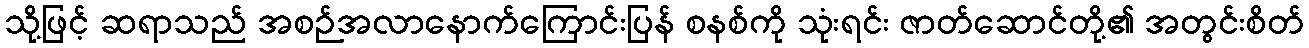
သို့ဖြင့် ဆရာသည် အစဉ်အလာနောက်ကြောင်းပြန် စနစ်ကို သုံးရင်း ဇာတ်ဆောင်တို့၏ အတွင်းစိတ်